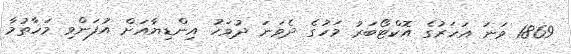
1869 ވަނަ އަހަރުގެ އޮކްޓޯބަރު މަހުގެ ދެވަނަ ދުވަހު އިންޑިޔާއަށް އުފަންވި މަހާތުމާ